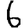
Digit: 6